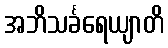
အဘိသင်္ခရေယျာတိ